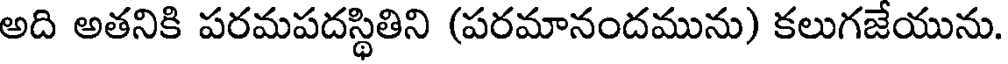
అది అతనికి పరమపదస్థితిని (పరమానందమును) కలుగజేయును.